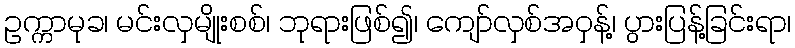
ဥက္ကာမုခ၊ မင်းလှမျိုးစစ်၊ ဘုရားဖြစ်၍၊ ကျော်လှစ်အဝှန့်၊ ပွားပြန့်ခြင်းရာ၊